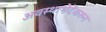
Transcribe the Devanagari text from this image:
अवस्थाभेदेंकरुन